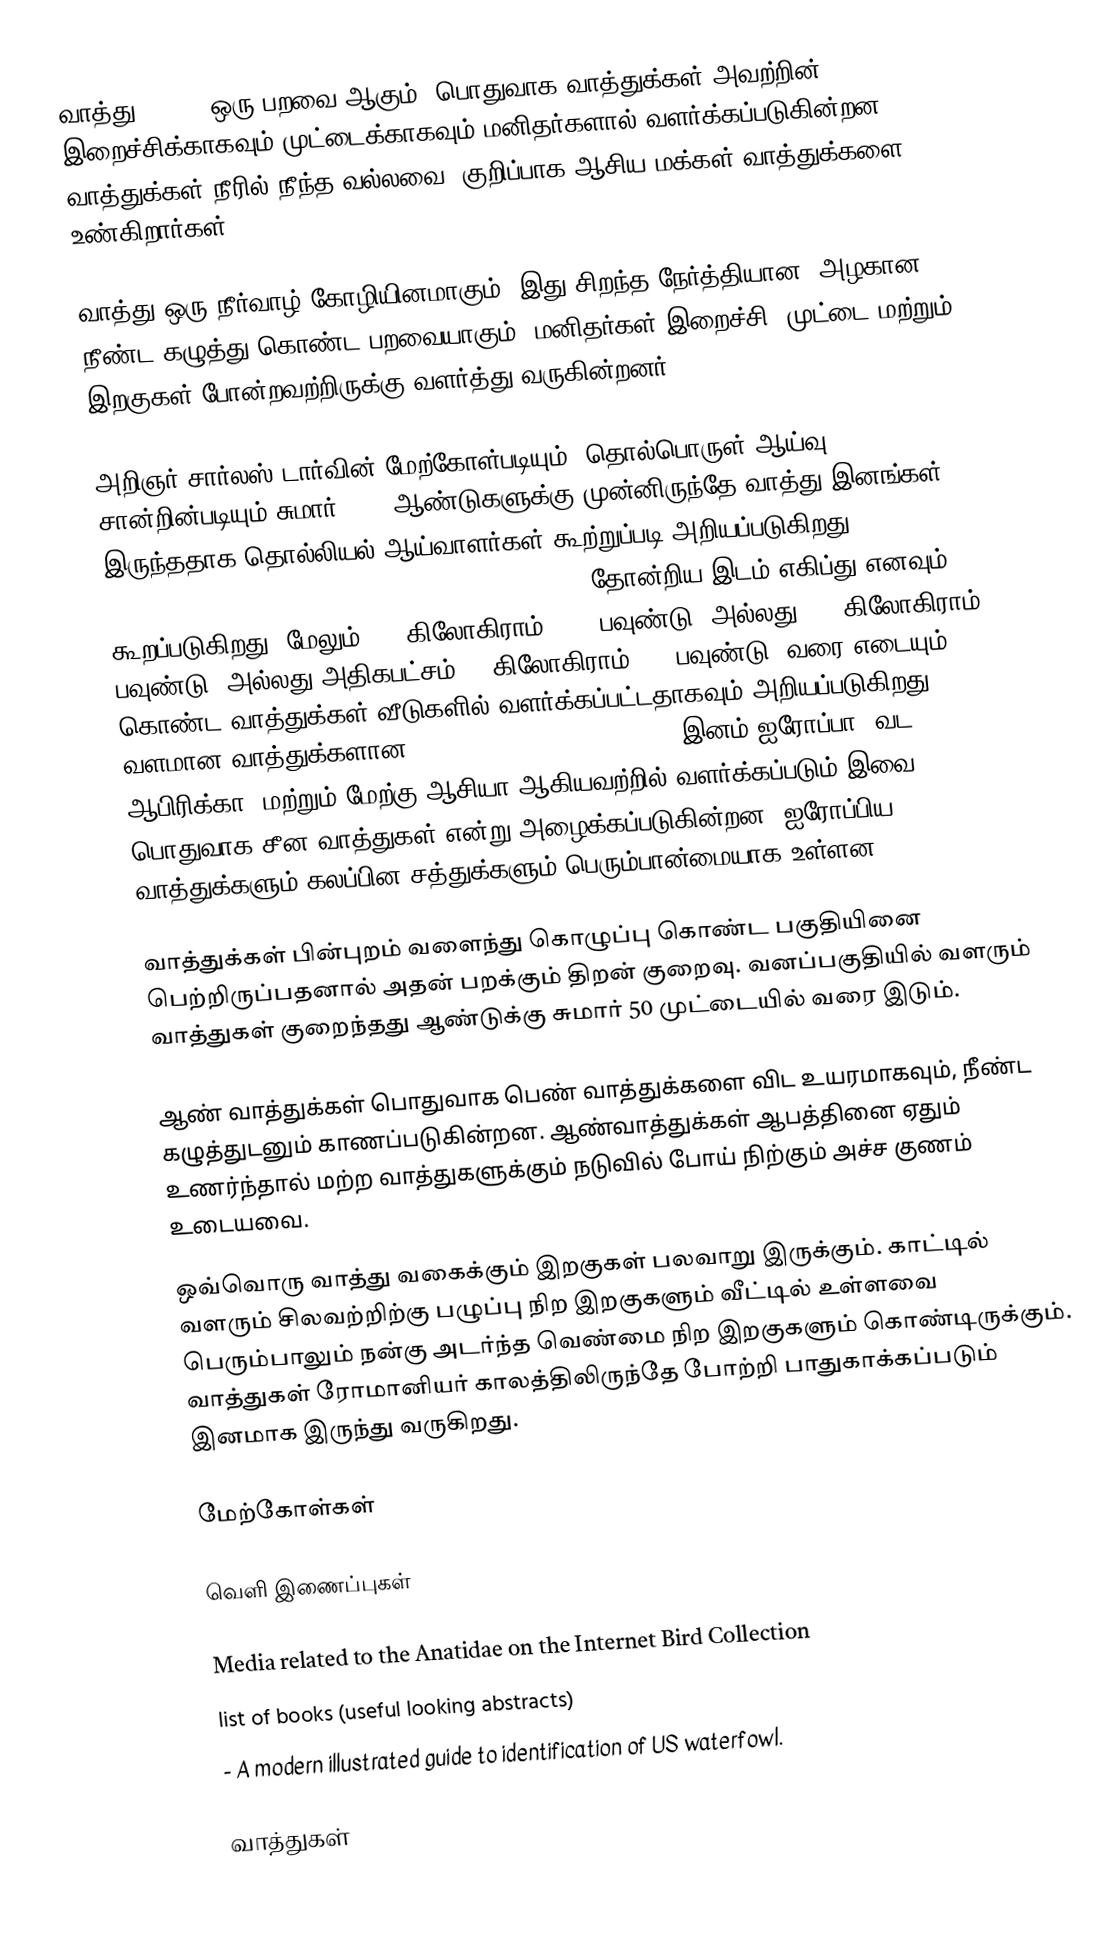
வாத்து (Duck) ஒரு பறவை ஆகும். பொதுவாக வாத்துக்கள் அவற்றின் இறைச்சிக்காகவும் முட்டைக்காகவும் மனிதர்களால் வளர்க்கப்படுகின்றன. வாத்துக்கள் நீரில் நீந்த வல்லவை. குறிப்பாக ஆசிய மக்கள் வாத்துக்களை உண்கிறார்கள்.

வாத்து ஒரு  நீர்வாழ்  கோழியினமாகும். இது சிறந்த நேர்த்தியான, அழகான நீண்ட கழுத்து கொண்ட பறவையாகும். மனிதர்கள் இறைச்சி, முட்டை மற்றும் இறகுகள் போன்றவற்றிருக்கு வளர்த்து வருகின்றனர்.

அறிஞர் சார்லஸ் டார்வின் மேற்கோள்படியும், தொல்பொருள் ஆய்வு சான்றின்படியும் சுமார் 4000 ஆண்டுகளுக்கு முன்னிருந்தே வாத்து இனங்கள் இருந்ததாக தொல்லியல் ஆய்வாளர்கள் கூற்றுப்படி அறியப்படுகிறது (The Variation of Animals and Plants under Domestication i. 287). தோன்றிய இடம் எகிப்து எனவும் கூறப்படுகிறது. மேலும் 3.5 கிலோகிராம் (7.7 பவுண்டு) அல்லது 4.1 கிலோகிராம் (9 பவுண்டு) அல்லது அதிகபட்சம் 10 கிலோகிராம் (22 பவுண்டு) வரை எடையும் கொண்ட வாத்துக்கள் வீடுகளில் வளர்க்கப்பட்டதாகவும் அறியப்படுகிறது. வளமான வாத்துக்களான greylag goose (Anser anser) இனம் ஐரோப்பா, வட ஆபிரிக்கா, மற்றும் மேற்கு ஆசியா ஆகியவற்றில் வளர்க்கப்படும் இவை பொதுவாக சீன வாத்துகள் என்று அழைக்கப்படுகின்றன. ஐரோப்பிய வாத்துக்களும் கலப்பின சத்துக்களும் பெரும்பான்மையாக உள்ளன.

வாத்துக்கள் பின்புறம் வளைந்து கொழுப்பு கொண்ட பகுதியினை பெற்றிருப்பதனால் அதன் பறக்கும் திறன் குறைவு. வனப்பகுதியில் வளரும் வாத்துகள் குறைந்தது ஆண்டுக்கு சுமார் 50 முட்டையில் வரை இடும்.

ஆண் வாத்துக்கள் பொதுவாக பெண் வாத்துக்களை விட உயரமாகவும், நீண்ட கழுத்துடனும் காணப்படுகின்றன. ஆண்வாத்துக்கள் ஆபத்தினை ஏதும் உணர்ந்தால் மற்ற வாத்துகளுக்கும் நடுவில் போய் நிற்கும் அச்ச குணம் உடையவை.

ஒவ்வொரு வாத்து வகைக்கும் இறகுகள் பலவாறு இருக்கும். காட்டில் வளரும் சிலவற்றிற்கு பழுப்பு நிற இறகுகளும் வீட்டில் உள்ளவை பெரும்பாலும் நன்கு அடர்ந்த வெண்மை நிற இறகுகளும் கொண்டிருக்கும். வாத்துகள் ரோமானியர் காலத்திலிருந்தே போற்றி பாதுகாக்கப்படும் இனமாக இருந்து வருகிறது.

மேற்கோள்கள்

வெளி இணைப்புகள்

 Media related to the Anatidae  on the Internet Bird Collection
 list of books  (useful looking abstracts)
  - A modern illustrated guide to identification of US waterfowl.

வாத்துகள்